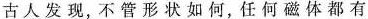
古人发现，不管形状如何，任何磁体都有